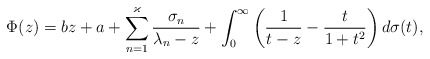
\begin{align*} \Phi(z)= bz + a + \sum_{n=1}^{\varkappa}\frac{\sigma_n}{\lambda_n-z} + \int_0^\infty\left(\frac{1}{t-z}-\frac{t}{1+t^2}\right)d\sigma(t), \end{align*}